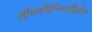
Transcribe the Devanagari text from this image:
जीवनविनिमयक्रियेस